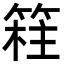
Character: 𥯸